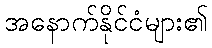
အနောက်နိုင်ငံများ၏